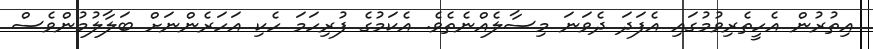
އިތުރުން އެހީތެރިވުމުގައި އެފަދަ ދެވަނަ މިސާލެއްނެތެވެ. އެކަމުގެ ފުރިހަމަ ހެކި އަހަރެންނަށް ބަލާލުމުންވެސް